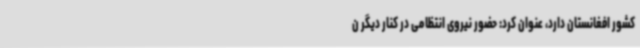
کشور افغانستان دارد، عنوان کرد: حضور نیروی انتظامی در کنار دیگر ن